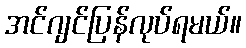
အင်ဂျင်ပြန်လုပ်ရမယ်။